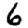
Digit: 6